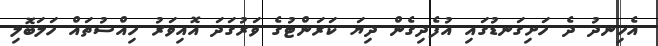
އެހިނދު ދެ ހަށިގަނޑުގައި އުފެދިގެން ދިޔަ ކަރަންޓުގެ ވަރުގަދަ އޮއިވަރު ހިއްސުތައް ހަލަބޮލި